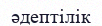
әдептілік